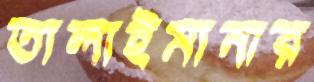
তালাইমানার